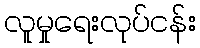
လူမှုရေးလုပ်ငန်း